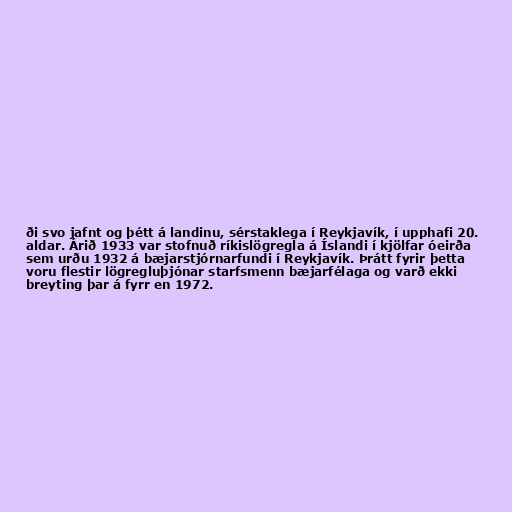
ði svo jafnt og þétt á landinu, sérstaklega í Reykjavík, í upphafi 20.
aldar. Árið 1933 var stofnuð ríkislögregla á Íslandi í kjölfar óeirða
sem urðu 1932 á bæjarstjórnarfundi í Reykjavík. Þrátt fyrir þetta
voru flestir lögregluþjónar starfsmenn bæjarfélaga og varð ekki
breyting þar á fyrr en 1972.